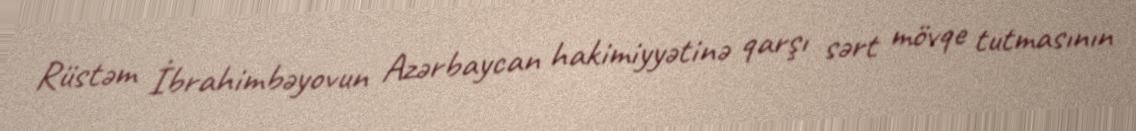
Rüstəm İbrahimbəyovun Azərbaycan hakimiyyətinə qarşı sərt mövqe tutmasının